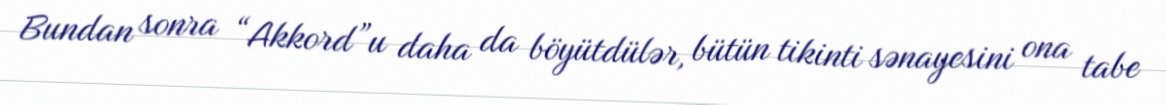
Bundan sonra “Akkord”u daha da böyütdülər, bütün tikinti sənayesini ona tabe